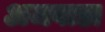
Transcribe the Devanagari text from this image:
अजवाडा